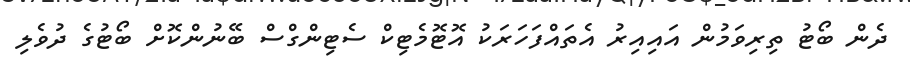
ދެން ބޯޓު ތިރިވަމުން އައިއިރު އެތައްފަހަރަކު އޮޓޮމެޓިކް ސެޓިންގްސް ބޭނުންކޮށް ބޯޓުގެ ދުވެލި